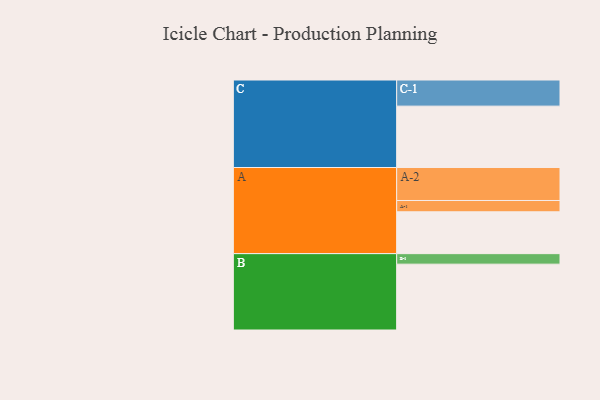
{"axis": {"x": "Segment", "y": "Value"}, "legend": ["", "A", "B", "C"], "data": [{"x": "A", "y": 330, "type": ""}, {"x": "B", "y": 519, "type": ""}, {"x": "C", "y": 484, "type": ""}, {"x": "A-1", "y": 89, "type": "A"}, {"x": "A-2", "y": 260, "type": "A"}, {"x": "B-1", "y": 83, "type": "B"}, {"x": "C-1", "y": 206, "type": "C"}]}